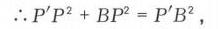
\(\therefore P'P^{2}+BP^{2}=P'B^{2}\)